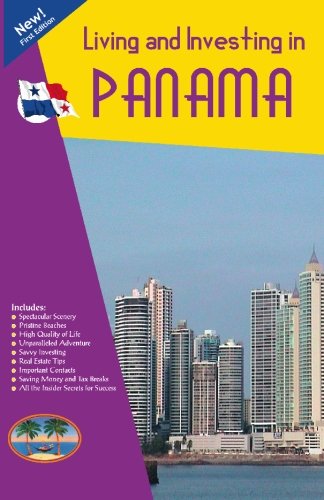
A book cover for Living and Investing in Panama; Christopher Howard; Travel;